Vaccine operations Central Provinces 1900-1911 - 1900-1911
Year: 1900
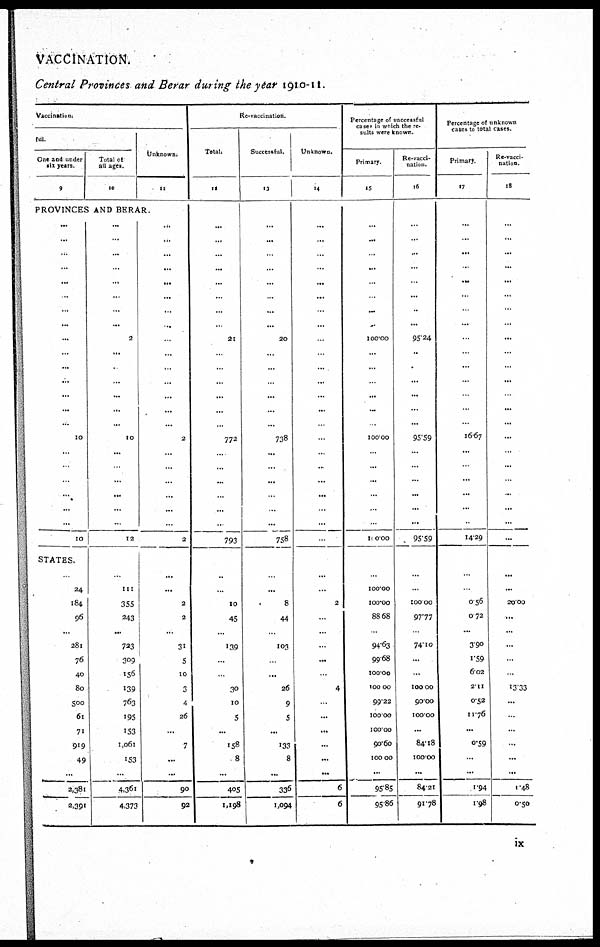
VACCINATION.
Central Provinces and Berar during the year 1910-11.
Vaccinations.
ful
One and under
six years.
9
Total of
all ages.
10
Unknown.
11
PROVINCES AND BERAR.
...
...
...
...
...
...
...
...
...
...
...
...
...
...
...
10
...
...
...
...
...
...
10
STATES.
...
24
184
96
...
281
76
40
80
500
61
71
919
49
...
2,381
2,391
...
...
...
...
...
...
...
...
2
...
...
...
...
...
...
10
...
...
...
...
...
...
12
...
111
355
243
...
723
309
156
139
763
195
153
1,061
153
...
4,361
4,373
...
...
...
...
...
...
...
...
...
...
...
...
...
...
...
2
...
...
...
...
...
...
2
...
...
2
2
...
31
5
10
3
4
26
...
7
...
...
90
92
Re-vaccination.
total.
12
...
...
...
...
...
...
...
...
21
...
...
...
...
...
...
772
...
...
...
...
...
...
793
...
...
10
45
...
139
...
...
30
10
5
...
158
8
...
405
1,198
Successful.
13
...
...
...
...
...
...
...
...
20
...
...
...
...
...
...
738
...
...
...
...
...
...
758
...
...
8
44
...
103
...
...
26
9
5
...
133
8
...
336
1,094
Unknown.
14
...
...
...
...
...
...
...
...
...
...
...
...
...
...
...
...
...
...
...
...
...
...
...
...
...
2
...
...
...
...
...
4
...
...
...
...
...
...
6
6
Percentage of successful
cases in which the re-
sults were known.
Primary
15
...
...
...
...
...
...
...
...
100.00
...
...
...
...
...
...
100.00
...
...
...
...
...
...
100.00
...
100.00
100.00
88.68
...
94.63
99.68
100.00
100.00
99.22
100.00
100.00
90.60
100.00
...
95.85
95.86
Re-vacci¬
nation.
16
...
...
...
...
...
...
...
...
95.24
...
...
...
...
...
...
95.59
...
...
...
...
...
...
95.59
...
...
100.00
97.77
...
74.10
...
...
100.00
90.00
100.00
...
84.18
100.00
...
84.21
91.78
Percentage of unknown
cases to total cases.
Primary
17
...
...
...
...
...
...
...
...
...
...
...
...
...
...
...
16.67
...
...
...
...
...
...
14.29
...
...
0.56
0.72
...
3.90
1.59
6.02
2.11
0.52
11.76
...
0.59
...
...
1.94
1.98
Re-vacci¬
nation.
18
...
...
...
...
...
...
...
...
...
...
...
...
...
...
...
...
...
...
...
...
...
...
...
...
...
20.00
...
...
...
...
...
13.33
...
...
...
...
...
...
1.48
0.50
ix